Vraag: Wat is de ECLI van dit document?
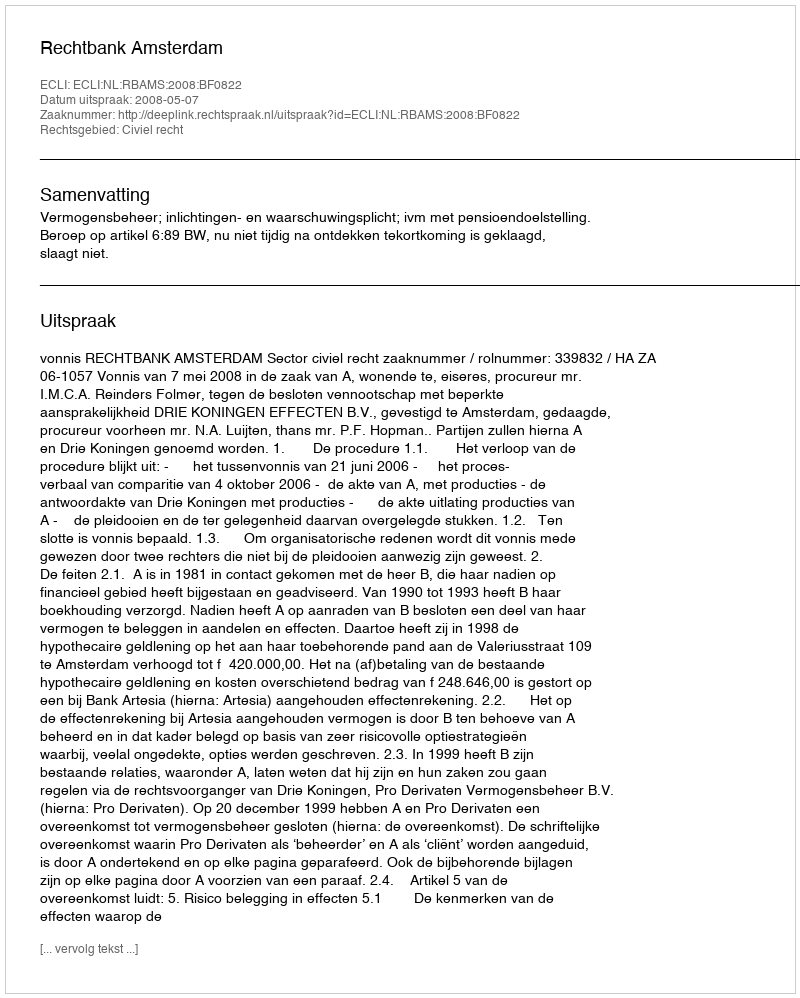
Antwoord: ECLI:NL:RBAMS:2008:BF0822